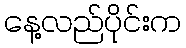
နေ့လည်ပိုင်းက